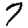
Digit: 7